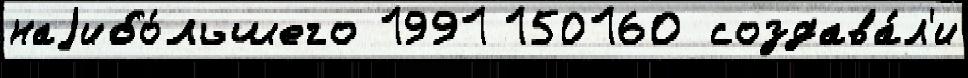
наjибо́льшего 1991 150160 создава́л'и